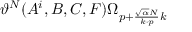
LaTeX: \vartheta ^ { N } ( A ^ { i } , B , C , F ) \Omega _ { p + { \frac { \sqrt { \alpha } N } { k \cdot p } } k }